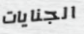
الجنايات